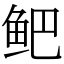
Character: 鲃